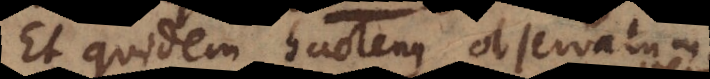
Et quidem hactenus observatum